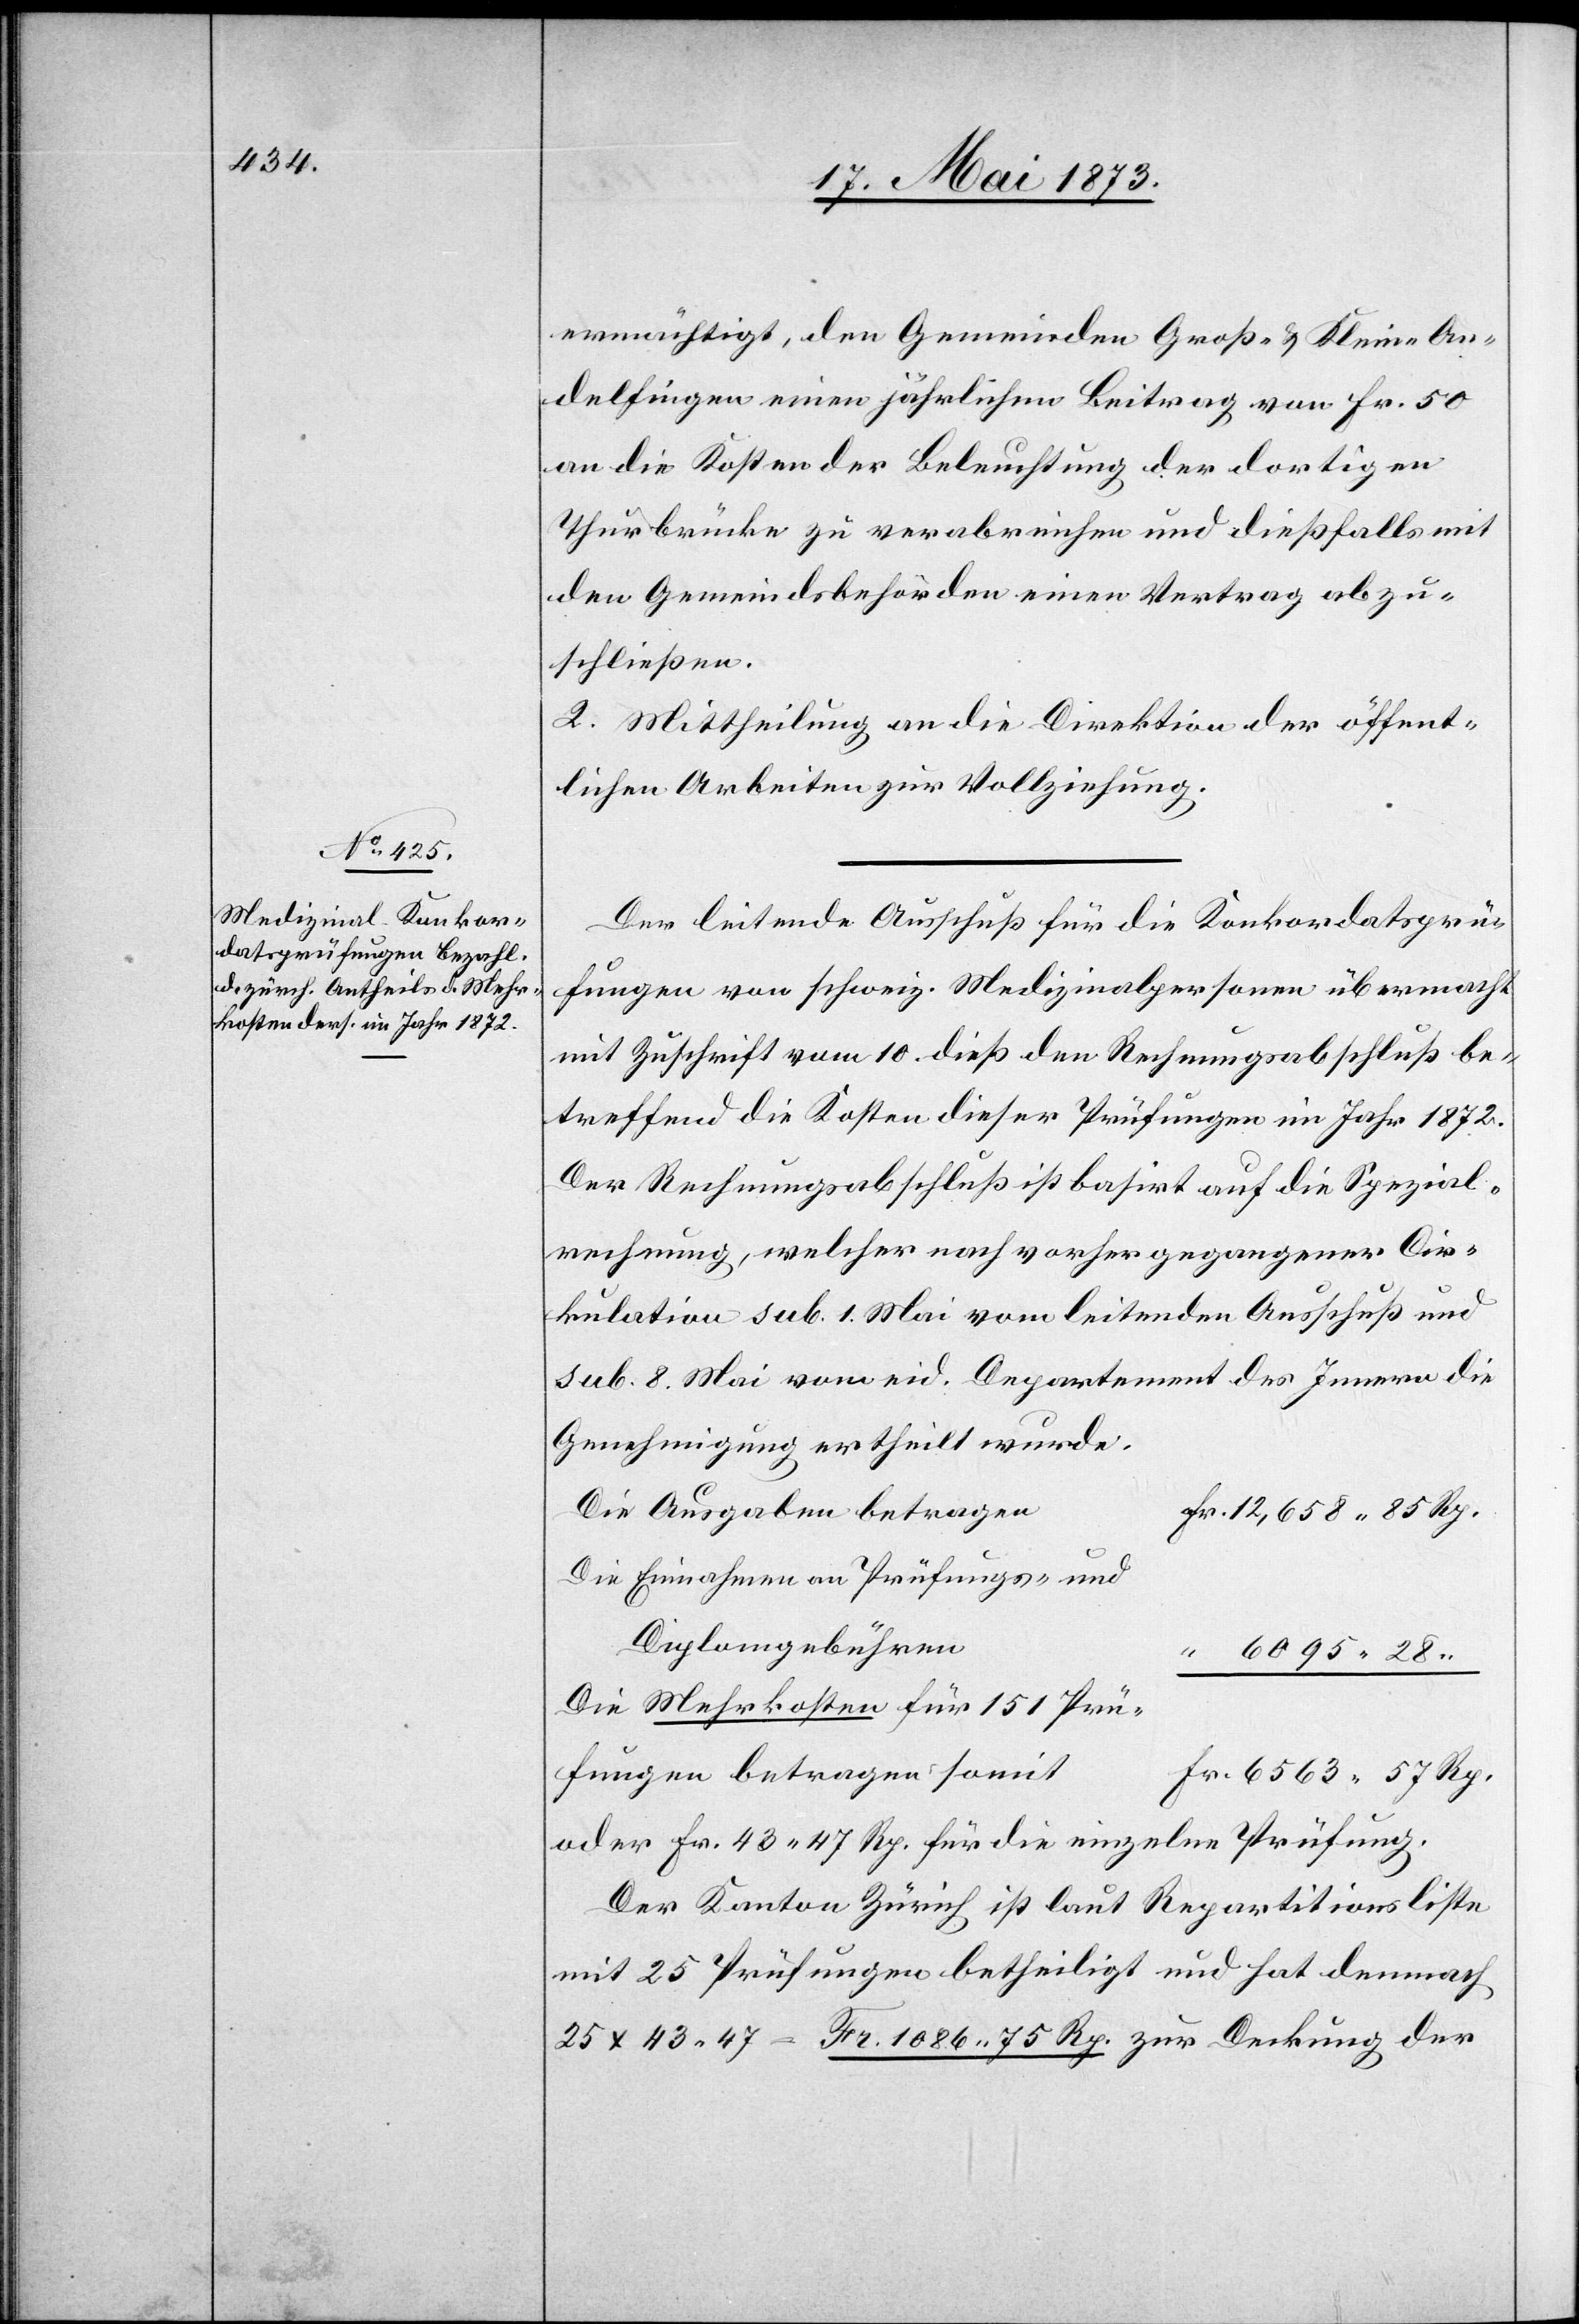
ermächtigt, den Gemeinden Groß- & Klein-An¬
delfingen einen jährlichen Beitrag von Fr. 50
an die Kosten der Beleuchtung der dortigen
Thurbrücke zu verabreichen und dießfalls mit
den Gemeindsbehörden einen Vertrag abzu¬
schließen.
2. Mittheilung an die Direktion der öffent¬
lichen Arbeiten zur Vollziehung.
Der leitende Ausschuß für die Konkordatsprü¬
fungen von schweiz. Medizinalpersonen übermacht
mit Zuschrift vom 10. dieß den Rechnungsabschluß be¬
treffend die Kosten dieser Prüfungen im Jahr 1872.
Der Rechnungsabschluß ist basirt auf die Spezial¬
rechnung, welcher nach vorhergegangener Cir¬
kulation sub. 1. Mai vom leitenden Ausschuß und
sub. 8. Mai vom eid. Departement des Innern die
Genehmigung ertheilt wurde.
Die Ausgaben betragen
Fr. 12,658 85 Rp.
Die Einnahmen an Prüfungs- und
Diplomgebühren
“ 6 095 28 “
Die Mehrkosten für 151 Prü¬
fungen betragen somit
Fr. 6 563 57 Rp.
oder Fr. 43 47 Rp. für die einzelne Prüfung.
Der Kanton Zürich ist laut Repartitionsliste
mit 25 Prüfungen betheiligt und hat demnach
25 x 43 47 = Fr. 1 086 75 Rp. zur Deckung der